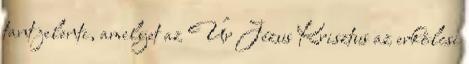
tant jelenti, amelyet az Úr Jézus Krisztus az erkölcsi